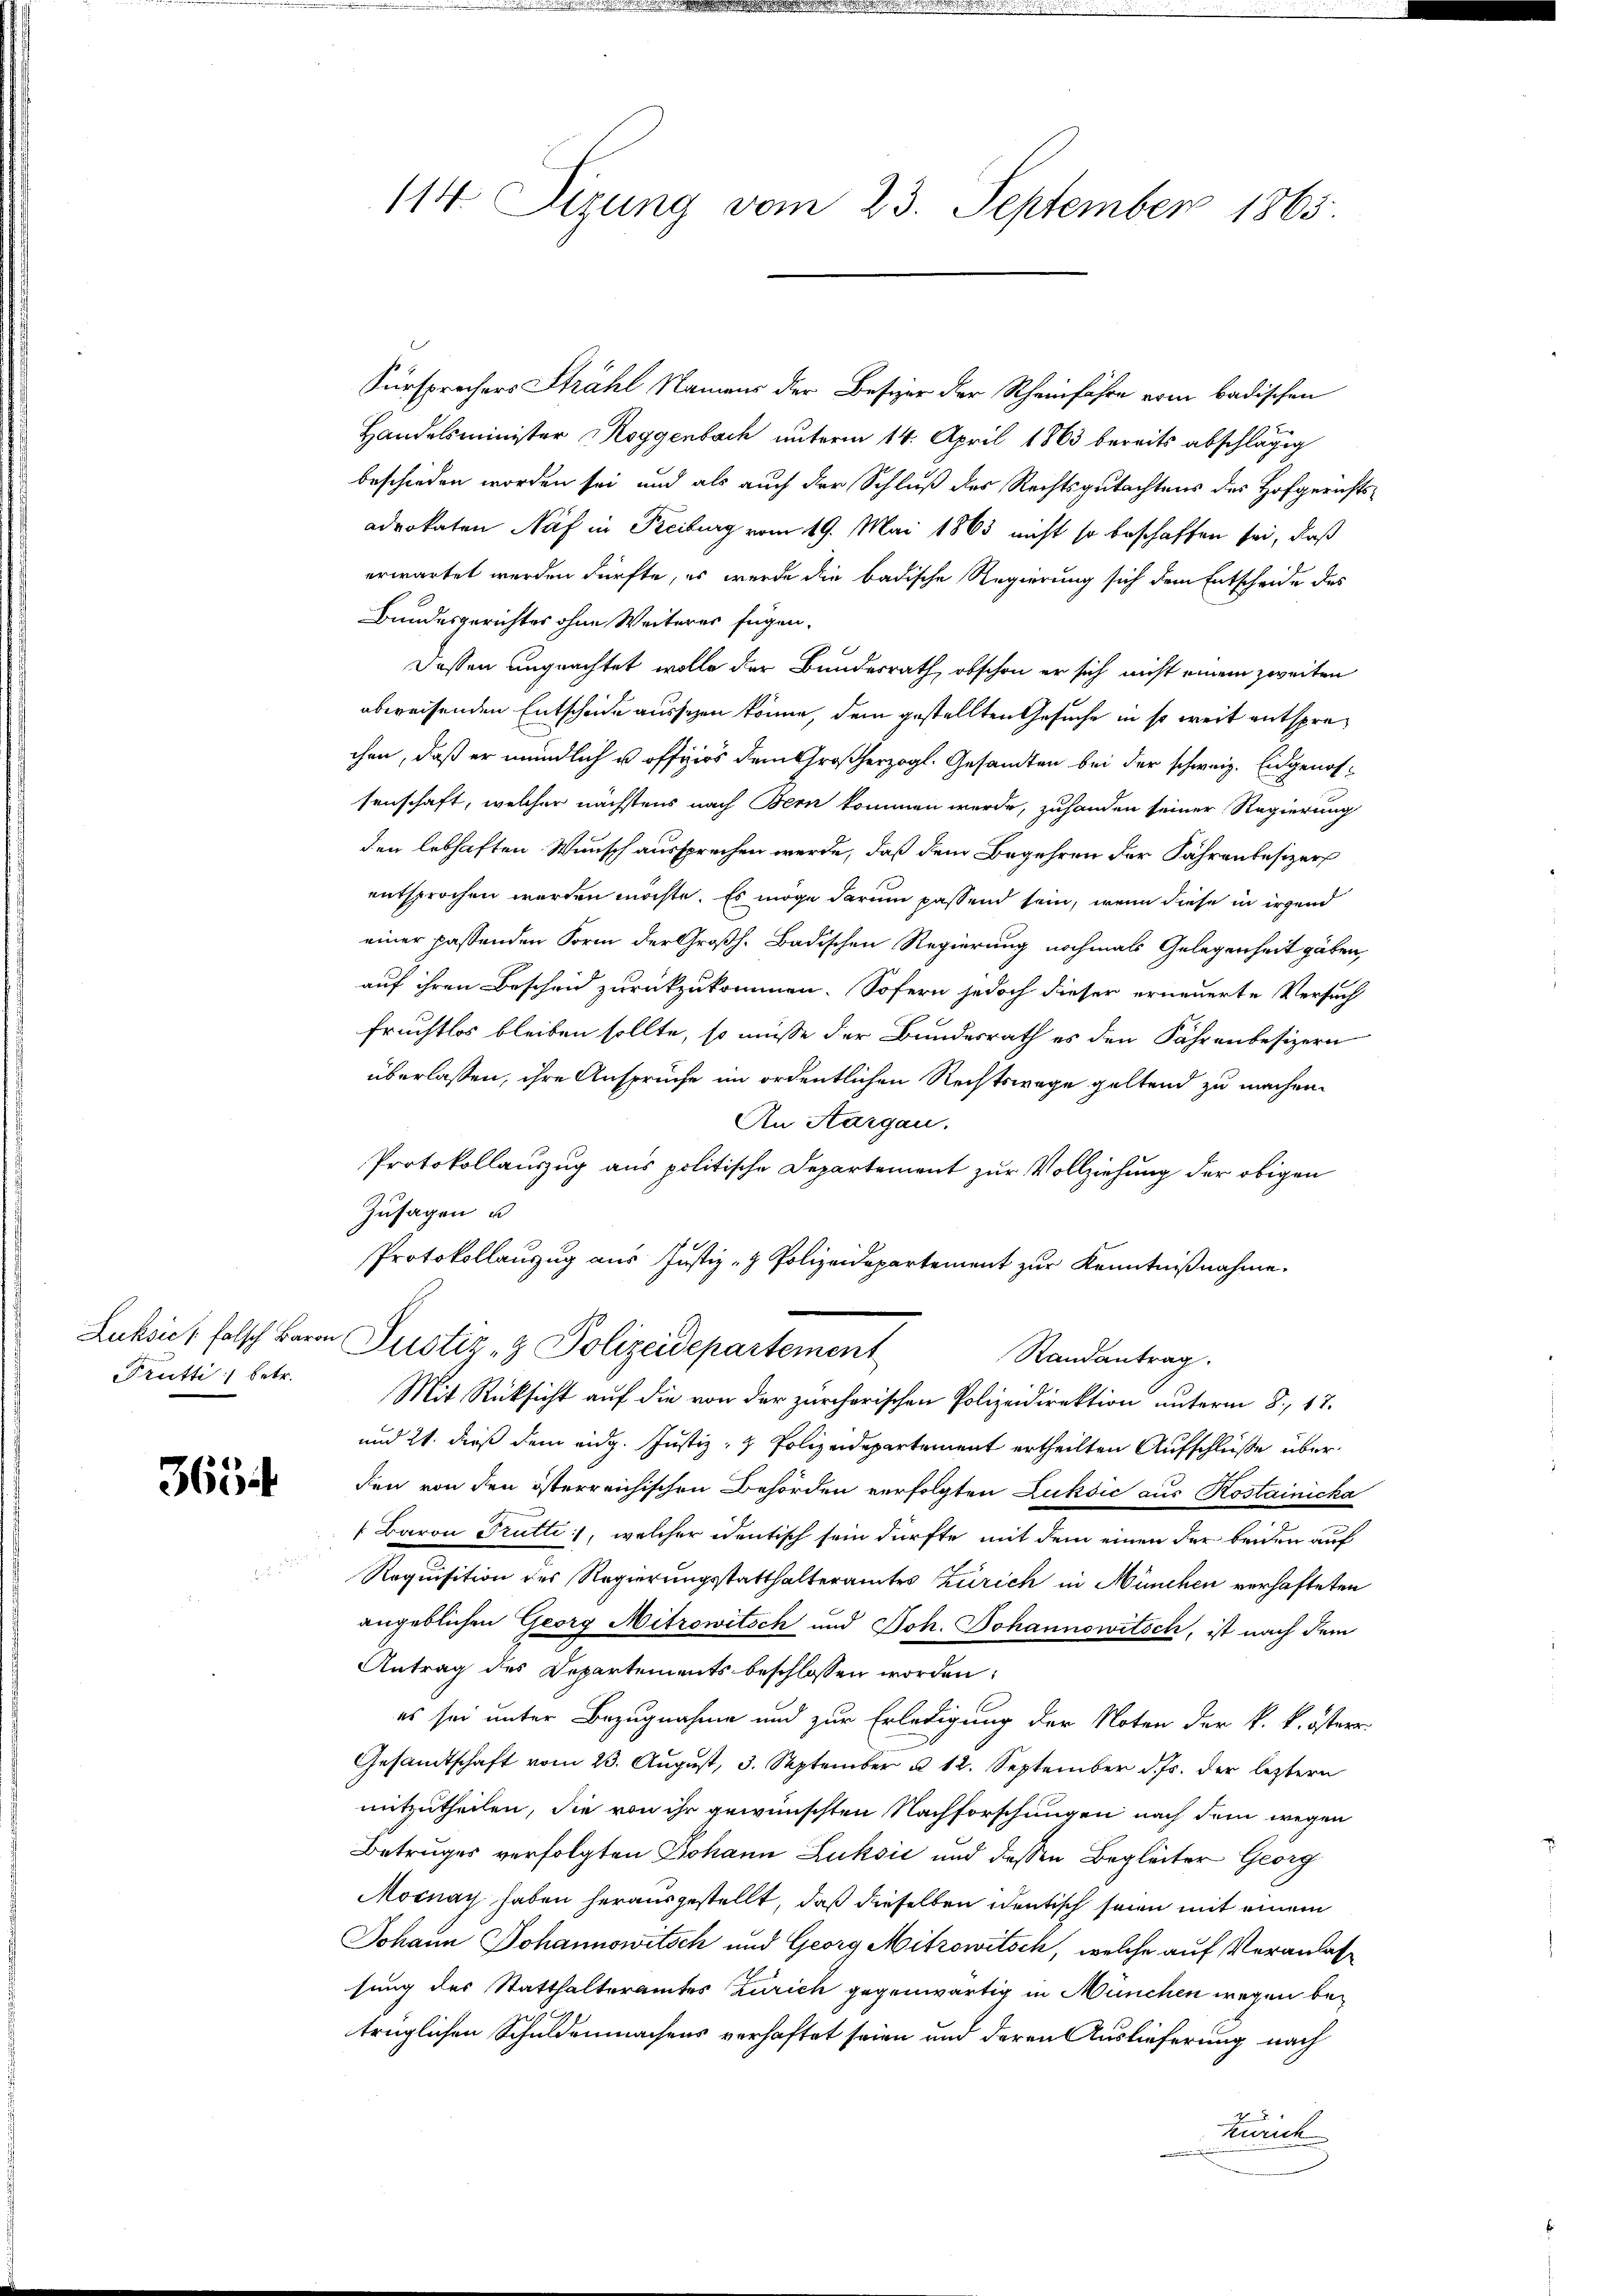
Trutti :/ betr.

3634

Fürsprochers Strahl Namens der Besizer der Rheinfahre erin badischen
Handelsminister Roggenbach unterm 14. April 1863 bereits abschlägig
beschieden worden sei, und als auch der Schluß des Rechtsgutachtens des Hofgerichtsadrokaten Näf in Reiburg vom 19. Mai 1863 nicht so beschaffen sei, daß
erwartet werden dürfte, es werde die badische Regierung sich dem Entscheide des
Bundesgerichtes ohne Weiteres fügen.
Dassen ungeachtet wolle der Bundesrath, obschon er sich nicht einem zweiten
abweisenden Entscheide aussezen könne, dem gestellten Gesuche in so weit entsprechen, daß er mündlich u. offiziös dem Großherzogl. Gesandten bei der schweiz. Eidgenossenschaft, welcher nächstens nach Bern kommen werde, zuhanden seiner Regierung
den lebhaften Wunsch aussprechen werde, daß dem Begehren der Fährenbesizer
entsprochen worden möchte. Es möge darum passend sein, wenn diese in irgend
einer passenden Form der Großh. Badischen Regierung nochmals Gelegenheit gäben,
auf ihren Bescheid zurückzukommen. Sofern jedoch dieser erneuerte Versuch
fruchtlos bleiben sollte, so müsse der Bundesrath es den Fahrenbesizern
überlassen, ihre Anspruche im ordentlichen Rechtswege geltend zu machen.
An Aargau.
Protokollauszug aus politische Departement zur Vollziehung der obigen
Zusagen u.
Protokollauszug aus Justiz- & Polizeidepartement zur Kenntnißnahme.
Luksie, falsch Baron Justiz- & Polizeidepartement
Randantrag.
Mit Rücksicht auf die von der zürcherischen Polizeidirektion unterm 8. 17.
und 21. dieß dem eidg. Justiz- & Polizeidepartement ertheilten Aufschlüße überden von den österreichischen Behörden verfolgten Lukšić aus Rostainicka
: Baron Trutti, welcher identisch sein dürfte mit dem einen der beiden auf
Requisition der Regierungsstatthalteramtes Zürich in München verhafteten
angeblichen Georg Mitrowitsch und Joh. Johannowitsch, ist nach dem
Antrag des Departements beschlossen worden:
es sei unter Bezugnahme und zur Erledigung der Noten der k. k. österr
Gesandtschaft vom 23. August, 3. September u 12. September d. Js. der leztern
mitzutheilen, die von ihr gewünschten Nachforschungen nach dem wegen
Betruges verfolgten Johann Luksić und dessen Begleiter Georg
Mocnay haben herausgestellt, daß dieselben identisch seien mit einem
Johann Johannowitsch und Georg Mitzowitsch, welche auf Veranlassung des Statthalteramtes Zürich gegenwärtig in München wegen be-
trüglichen Schuldenmachens verhaftet seien und deren Auslieferung nach
Zürich

114 Sizung vom 23. September 1865.